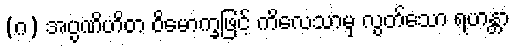
(ဂ) အပ္ပဏိဟိတ ဝိမောက္ခဖြင့် ကိလေသာမှ လွတ်သော ရဟန္တာ